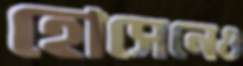
হোসেনেও